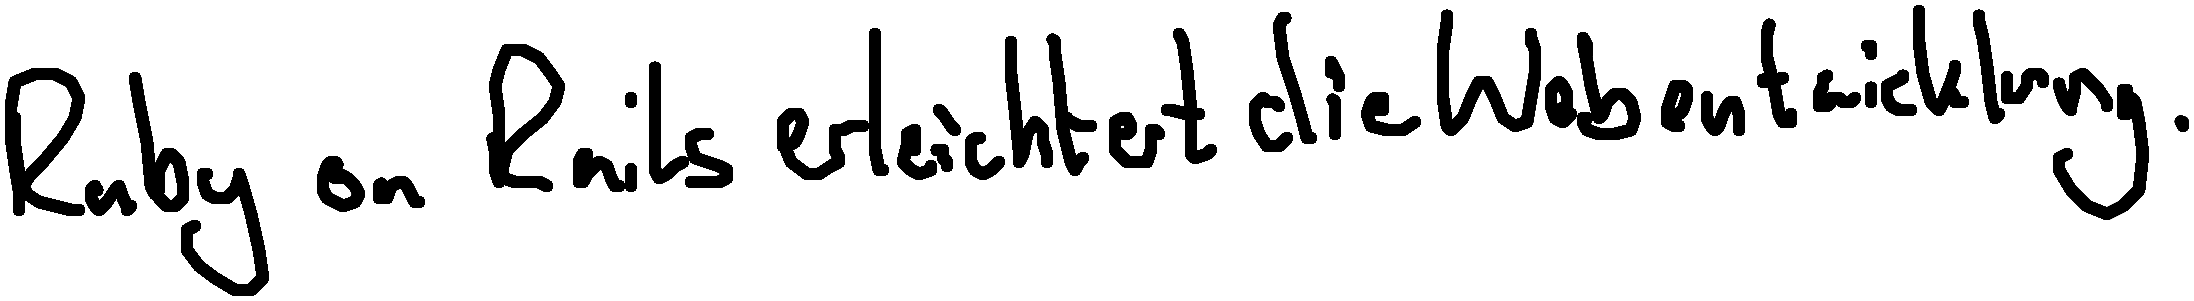
Ruby on Rails erleichtert die Webentwicklung.